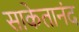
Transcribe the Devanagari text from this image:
साकेतानंद